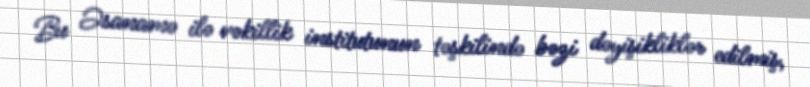
Bu Əsanamə ilə vəkillik institutunun təşkilində bəzi dəyişikliklər edilmiş,